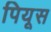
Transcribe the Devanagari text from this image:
पियूस